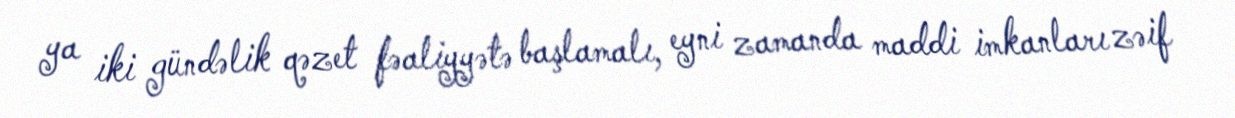
ya iki gündəlik qəzet fəaliyyətə başlamalı, eyni zamanda maddi imkanları zəif